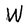
Character: W